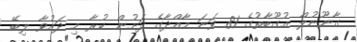
ގާނޫނުލް އުގޫބާތުގެ 81 ވަނަ މާއްދާގެ ދަށުން ކުރާ މި ދައުވާ ލިބޭ